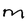
Character: m